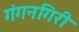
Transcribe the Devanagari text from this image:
गंगनगिरी